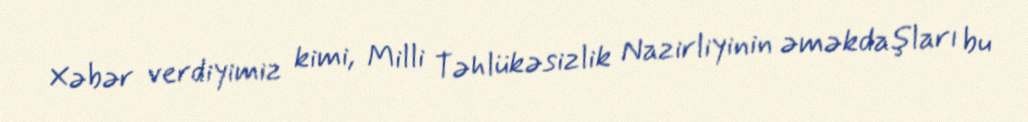
Xəbər verdiyimiz kimi, Milli Təhlükəsizlik Nazirliyinin əməkdaşları bu